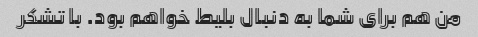
من هم برای شما به دنبال بلیط خواهم بود. با تشکر